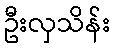
ဦးလှသိန်း